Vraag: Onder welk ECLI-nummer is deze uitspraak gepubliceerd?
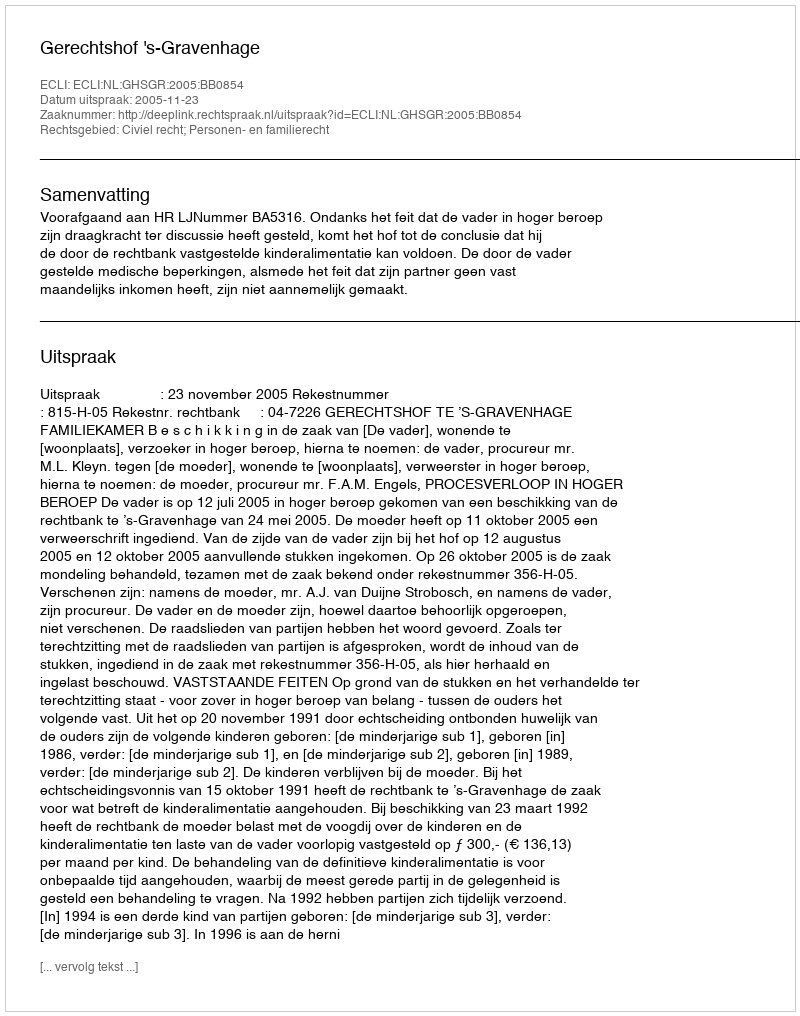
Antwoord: ECLI:NL:GHSGR:2005:BB0854